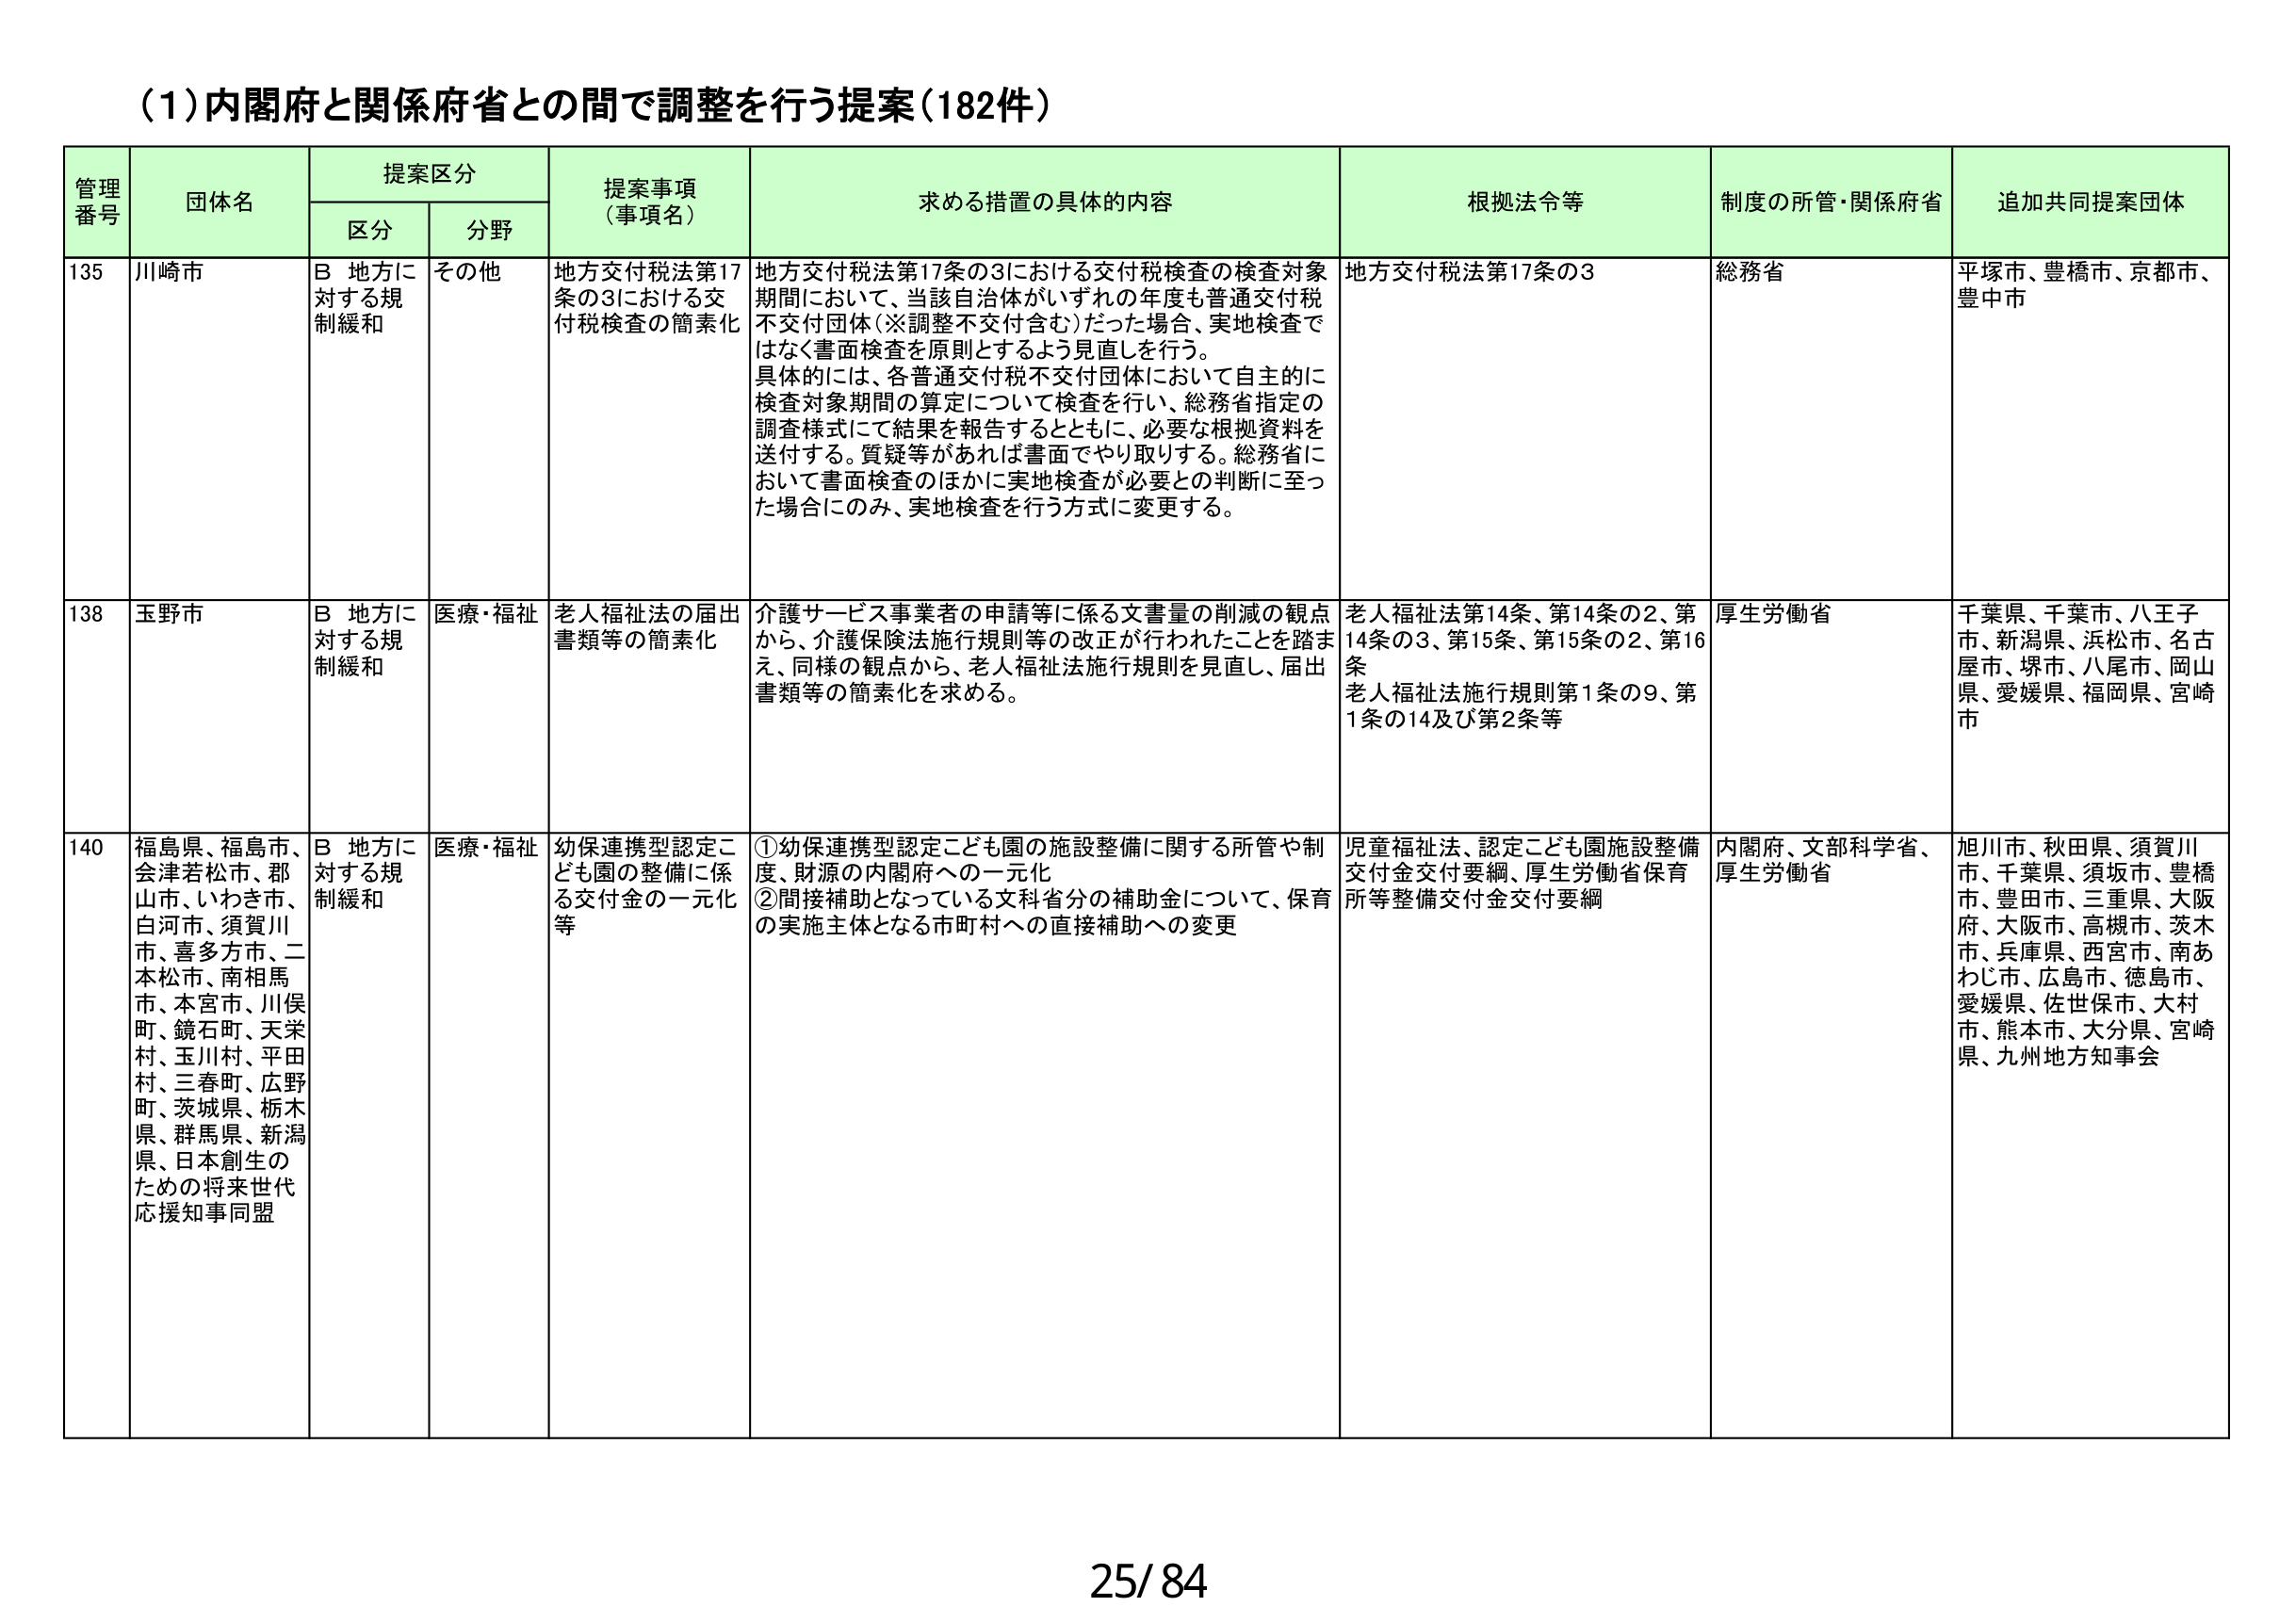
(1)内閣府と関係府省との間で調整を行う提案(182件)

管理番号 団体名 提案区分 提案事項（事項名） 求める措置の具体的内容 根拠法令等 制度の所管・関係府省 追加共同提案団体
区分 分野

135 川崎市 B 地方に対する規制緩和 その他 地方交付税法第17条の3における交付税検査の簡素化 地方交付税法第17条の3における交付税検査の検査対象期間において、当該自治体がいずれの年度も普通交付税不交付団体（※調整不交付含む）だった場合、実地検査ではなく書面検査を原則とするよう見直しを行う。具体的には、各普通交付税不交付団体において自主的に検査対象期間の算定について検査を行い、総務省指定の調査様式にて結果を報告するとともに、必要な根拠資料を送付する。質疑等があれば書面でやり取りする。総務省において書面検査のほかに実地検査が必要との判断に至った場合にのみ、実地検査を行う方式に変更する。 地方交付税法第17条の3 総務省 平塚市、豊橋市、京都市、豊中市

138 玉野市 B 地方に対する規制緩和 医療・福祉 老人福祉法の届出書類等の簡素化 介護サービス事業者の申請等に係る文書量の削減の観点から、介護保険法施行規則等の改正が行われたことを踏まえ、同様の観点から、老人福祉法施行規則を見直し、届出書類等の簡素化を求める。 老人福祉法第14条、第14条の2、第14条の3、第15条、第15条の2、第16条 老人福祉法施行規則第1条の9、第1条の14及び第2条等 厚生労働省 千葉県、千葉市、八王子市、新潟県、浜松市、名古屋市、堺市、八尾市、岡山県、愛媛県、福岡県、宮崎市

140 福島県、福島市、会津若松市、郡山市、いわき市、白河市、須賀川市、喜多方市、二本松市、南相馬市、本宮市、川俣町、鏡石町、天栄村、玉川村、平田村、三春町、広野町、茨城県、栃木県、群馬県、新潟県、日本創生のための将来世代応援知事同盟 B 地方に対する規制緩和 医療・福祉 幼保連携型認定こども園の整備に係る交付金の一元化等 ①幼保連携型認定こども園の施設整備に関する所管や制度、財源の内閣府への一元化 ②間接補助となっている文科省分の補助金について、保育の実施主体となる市町村への直接補助への変更 児童福祉法、認定こども園施設整備交付金交付要綱、厚生労働省保育所等整備交付金交付要綱 内閣府、文部科学省、厚生労働省 旭川市、秋田県、須賀川市、千葉県、須坂市、豊橋市、豊田市、三重県、大阪府、大阪市、高槻市、茨木市、兵庫県、西宮市、南あわじ市、広島市、徳島市、愛媛県、佐世保市、大村市、熊本市、大分県、宮崎県、九州地方知事会

25/84